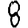
Digit: 8